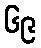
၆၉